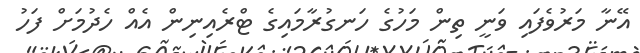
އޭނާ މަރުވެފައި ވަނީ ތިން މަހުގެ ހަނގުރާމައިގެ ޓްރެއިނިން އެއް ހެދުމަށް ފަހު